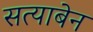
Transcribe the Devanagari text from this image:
सत्याबेन